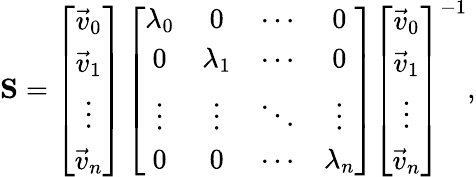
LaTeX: \textbf{S}=\left[{\begin{array}{c}{\vec{v}_{0}}\\ {\vec{v}_{1}}\\ {\vdots}\\ {\vec{v}_{n}}\end{array}}\right]\left[{\begin{array}{cccc}{\lambda_{0}}&{0}&{\cdots}&{0}\\ {0}&{\lambda_{1}}&{\cdots}&{0}\\ {\vdots}&{\vdots}&{\ddots}&{\vdots}\\ {0}&{0}&{\cdots}&{\lambda_{n}}\end{array}}\right]\left[{\begin{array}{c}{\vec{v}_{0}}\\ {\vec{v}_{1}}\\ {\vdots}\\ {\vec{v}_{n}}\end{array}}\right]^{-1},